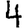
Digit: 4